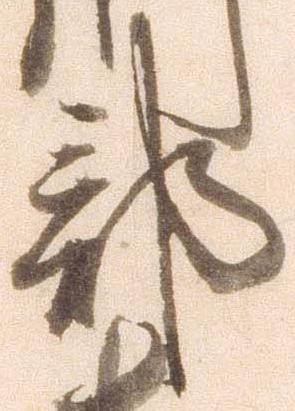
部